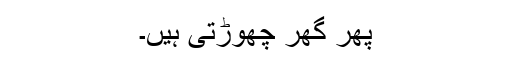
پھر گھر چھوڑتی ہیں۔